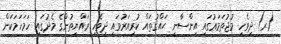
(ރ) ދިވެހި މުޖުތަމަޢުގައި އިންސާނީ ޙައްޤުތައް ކުރިއަރުވައި ދިވެހި ރައްޔިތުންގެ މެދުގައި ހަމަހަމަކަން